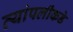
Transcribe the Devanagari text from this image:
त्यांपलीकडे